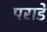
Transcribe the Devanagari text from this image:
पराडे